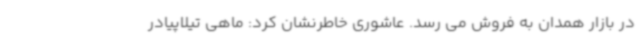
در بازار همدان به فروش می رسد. عاشوری خاطرنشان کرد: ماهی تیلاپیادر